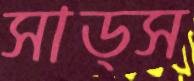
সাড্স